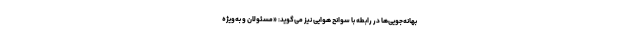
بهانه‌جویی‌ها در رابطه با سوانح هوایی نیز می‌گوید: «مسئولان و به‌ویژه